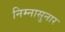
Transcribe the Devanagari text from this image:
निम्नासुनार